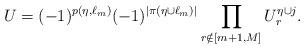
LaTeX: \begin{align*}U=(-1)^{p(\eta,\ell_{m})}(-1)^{|\pi(\eta\cup \ell_m)|} \prod_{r \notin [m+1,M]} U^{\eta \cup j}_r.\end{align*}